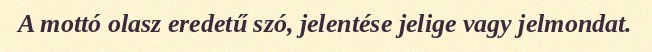
A mottó olasz eredetű szó, jelentése jelige vagy jelmondat.